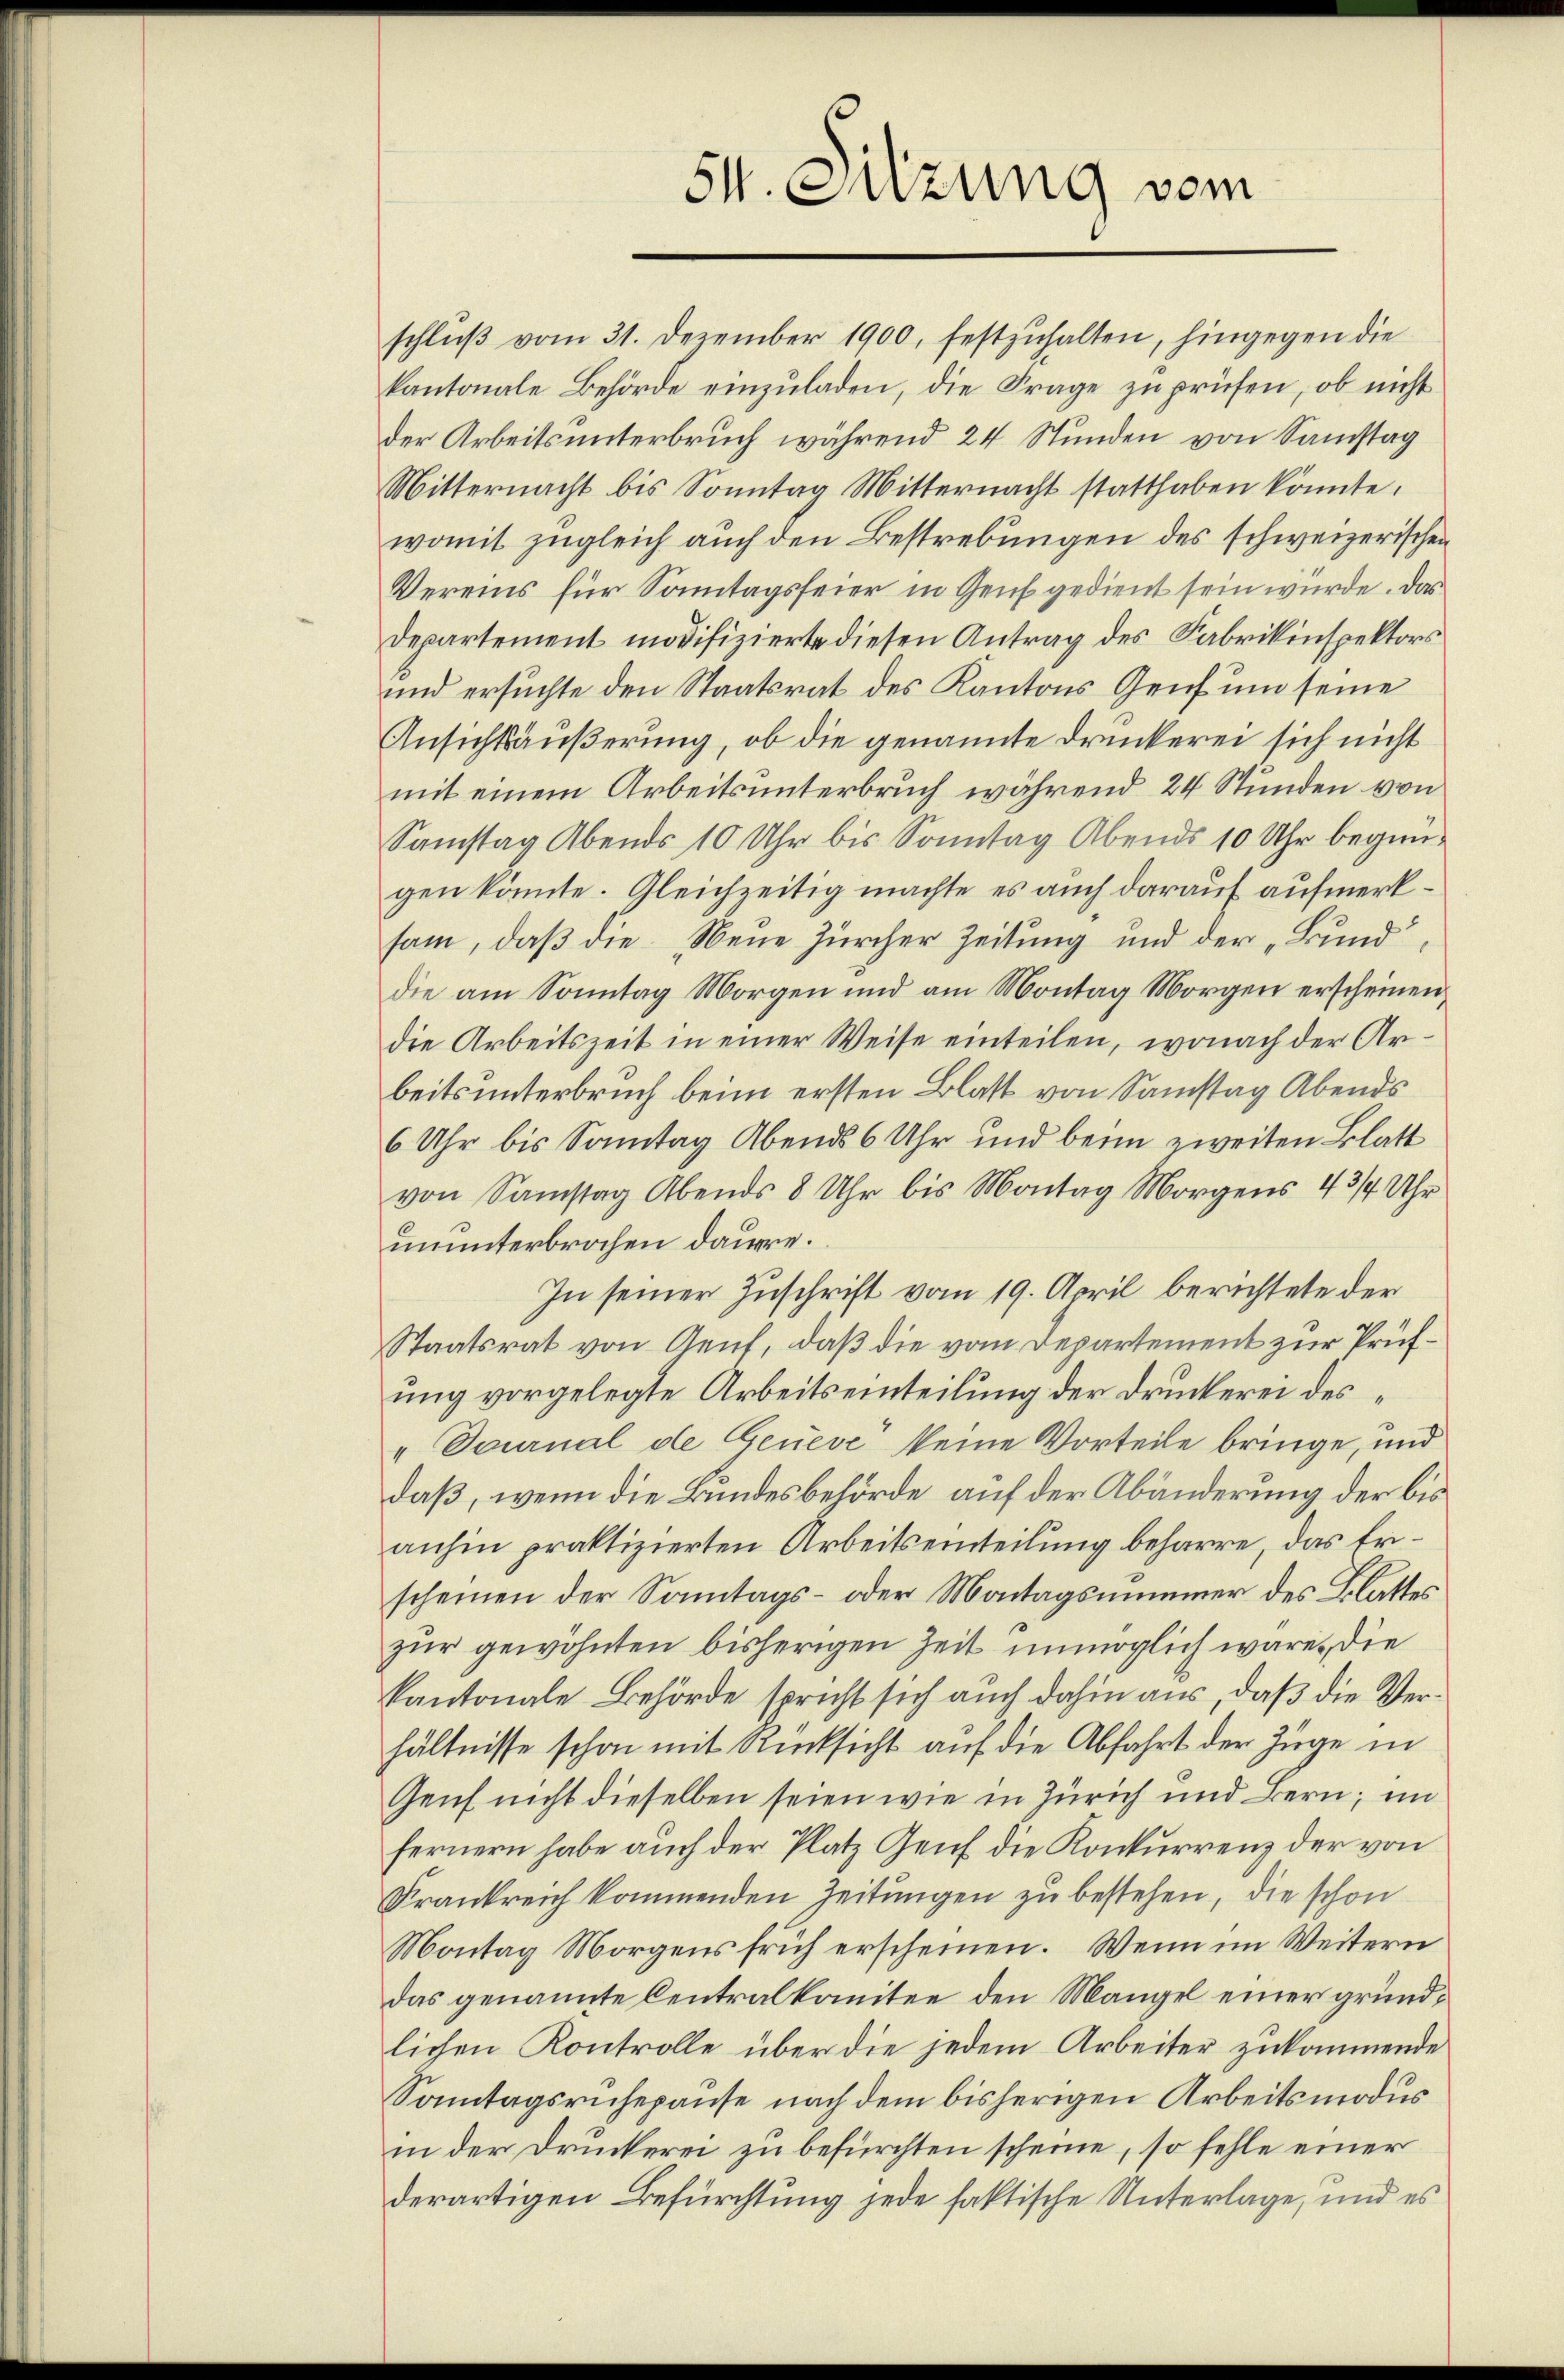
schlŭβ vom 31. Dezember 1900, festzuhalten, hingegen die
kantonale Behörde einzuladen, die Frage zu prüfen, ob nicht
der Arbeitsunterbruch während 24 Stunden von Samstag
Mitternacht bis Sonntag Mitternacht statthaben könnte.
womit zugleich auch den Bestrebungen des schweizerischen
Vereins für Sonntagsfeier in Genf gedient sein würde. Das
Departement modifizierte diesen Antrag des Fabrikinspektors
und ersuchte den Staatsrat des Kantons Genf um seine
Ansichtsäußerung, ob die genannte Druckerei sich nicht
mit einem Arbeitsunterbruch während 24 Stunden von
Samstag Abends 10 Uhr bis Sonntag Abends 10 Uhr begin-
gen könnte. Gleichzeitig machte es auch darauf aufmerksam, daß die Neue Zürcher Zeitung und der „Bund“,
die am Sonntag Morgen und am Montag Morgen erscheinen,
die Arbeitszeit in einer Weise einteilen, wonach der Arbeitsunterbruch beim ersten Blatt von Samstag Abends
6 Uhr bis Sonntag Abends 6 Uhr und beim zweiten Blatt
von Samstag Abends 8 Uhr bis Montag Morgens 43/4 Uhr
ununterbrochen dauere.
In seiner Zuschrift vom 19. April berichtete der
Staatsrat von Aeuf, daß die vom Departement zur Prüfung vorgelegte Arbeitseinteilung der Druckerei des¬
"Tournal de Geneve“ keine Vorteile bringe, und
daß, wenn die Bundesbehörde auf der Abänderung der bis
anhin praktizierten Arbeitseinteilung beharre, das Erscheinen der Sonntags- oder Montagsnimmer des Blatter
zur gewohnten bisherigen Zeit unmöglich wäre, die
kantonale Behörde spricht sich auch dahin aus, daß die Verhältnisse schon mit Rücksicht auf die Abfahrt der Züge in
Genf nicht dieselben seien wie in Zürich und Bern; in
fernern habe auch der Platz Genf die Konkurrenz der von
Frankreich kommenden Zeitungen zu bestehen, die schon
Montag Morgens früh erscheinen. Wenn im Weitern
das genannte Centralkomitee den Mangel einer grundlichen Kontrolle über die jedem Arbeiter zukommende
Sonntagsruhepause nach dem bisherigen Arbeitsmodus
in der Druckerei zu befürchten scheine, so fehle einer
derartigen Befürchtung jede faktische Unterlage, und es

S. Suzung vom